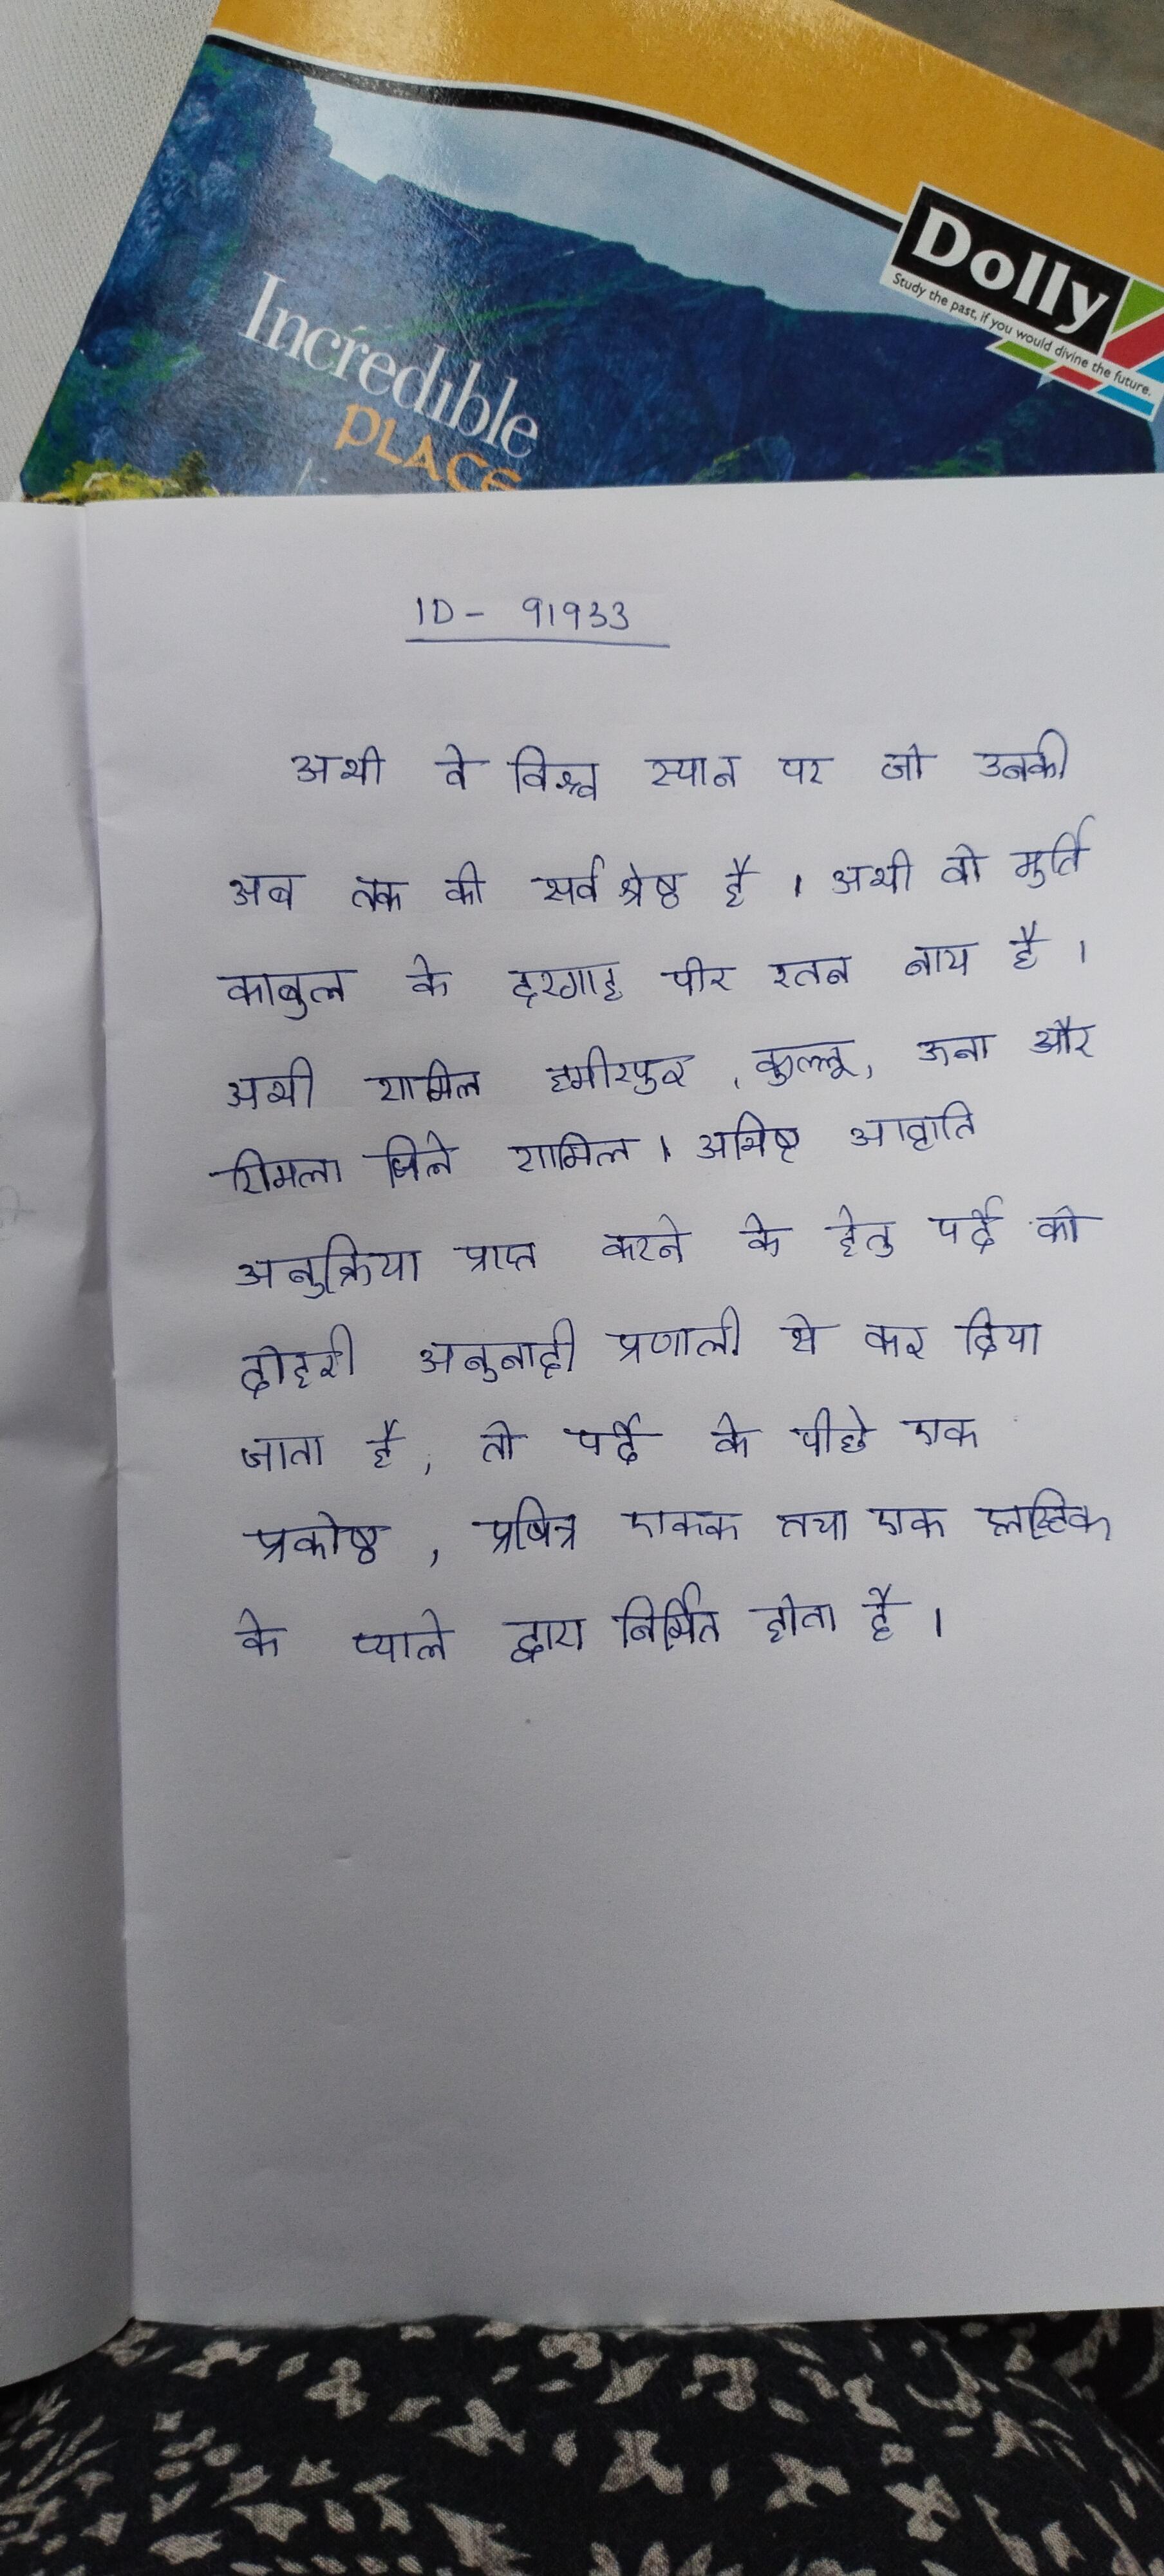
अभी वे विश्व स्थान पर जो उनकी अब तक की सर्वश्रेष्ठ है । अभी वो मूर्ति काबुल के दरगाह पीर रतन नाथ है । अभी शामिल हमीरपुर, कुल्लू, ऊना और शिमला जिले शामिल । अभीष्ट आवृत्ति अनुक्रिया प्राप्त करने के हेतु पर्दे को दोहरी अनुनादी प्रणाली से कर दिया जाता है, तो पर्दे के पीछे एक प्रकोष्ठ, प्रषित्र एकक तथा एक प्लास्टिक के प्याले द्वारा निर्मित होती है ।